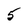
Character: 5